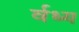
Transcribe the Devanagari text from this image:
र्वध्य